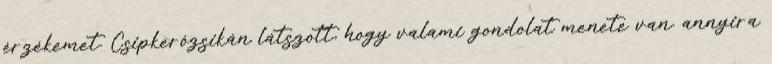
érzékemet. Csipkerózsikán látszott, hogy valami gondolat menete van. annyira